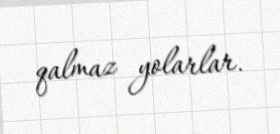
qalmaz yolarlar.